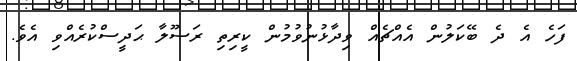
ފަހެ އެ ދެ ބޭކަލުން އެއްޗެއް ވިދާޅުނުވުމުން ކީރިތި ރަސޫލާ ޙަދީސްކުރެއްވި އެވެ.